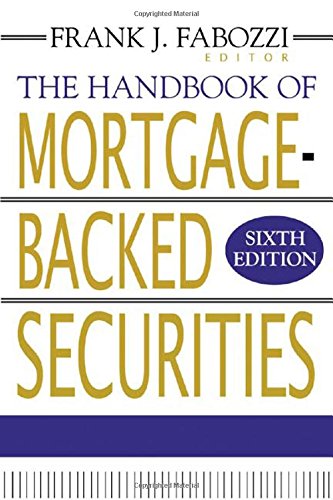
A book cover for The Handbook of Mortgage-Backed Securities; Frank J. Fabozzi; Business & Money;